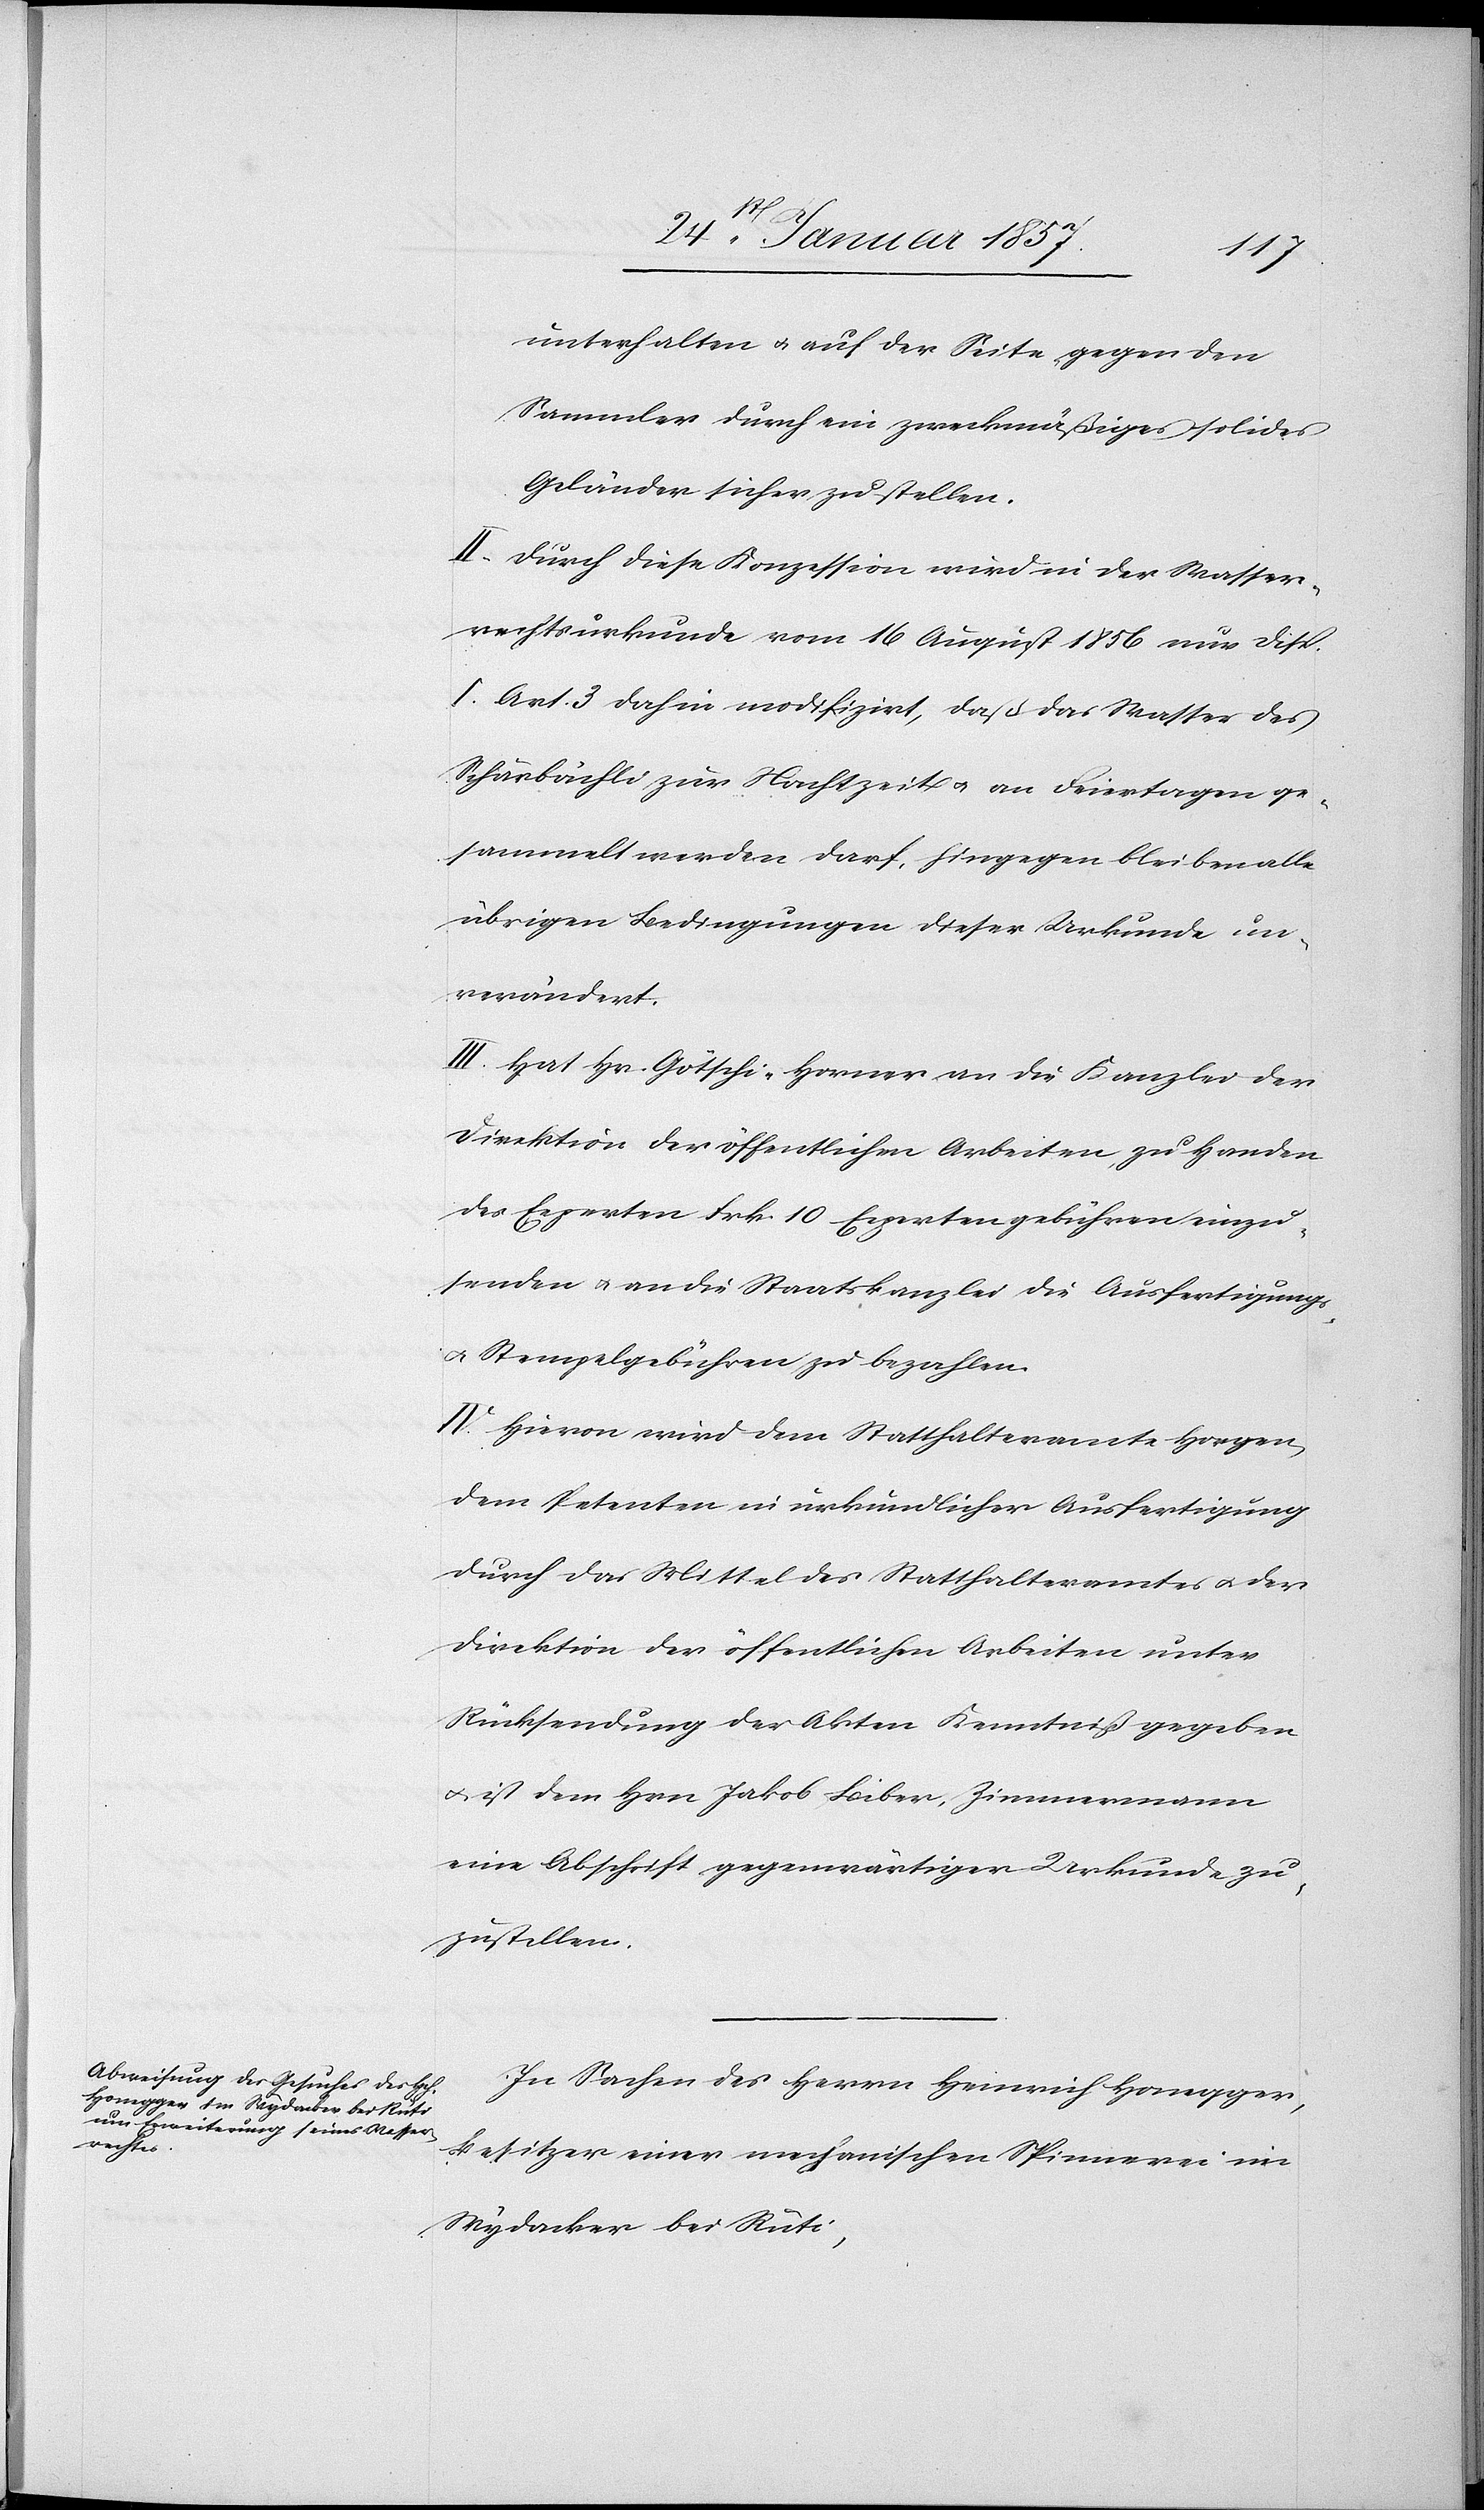
unterhalten & auf der Seite gegen den
Sammler durch ein zweckmäßiges solides
Geländer sicher zu stellen.
II. Durch diese Konzession wird in der Wasser¬
rechtsurkunde vom 16 August 1856 nur disp.
I. Art. 3 dahin modifiziert, daß das Wasser des
Schärbächli zur Nachtzeit u. an Feiertagen ge¬
sammelt werden darf. Hingegen bleiben alle
übrigen Bedingungen dieser Urkunde un¬
verändert.
III. Hat Hr. Götschi-Horner an die Kanzlei der
Direktion der öffentlichen Arbeiten zu Handen
des Experten Frk. 10 Expertengebühren einzu¬
senden u. an die Staatskanzlei die Ausfertigungs-
u. Stempelgebühren zu bezahlen.
IV. Hievon wird dem Statthalteramte Horgen,
dem Petenten in urkundlicher Ausfertigung
durch das Mittel des Statthalteramtes u. der
Direktion der öffentlichen Arbeiten unter
Rücksendung der Akten Kenntniß gegeben
& ist dem Hrn Jakob Biber, Zimmermann
eine Abschrift gegenwärtiger Urkunde zu¬
zustellen.
In Sachen des Herrn Heinrich Honegger,
Besitzer einer mechanischen Spinnerei im
Wydacker bei Rüti,